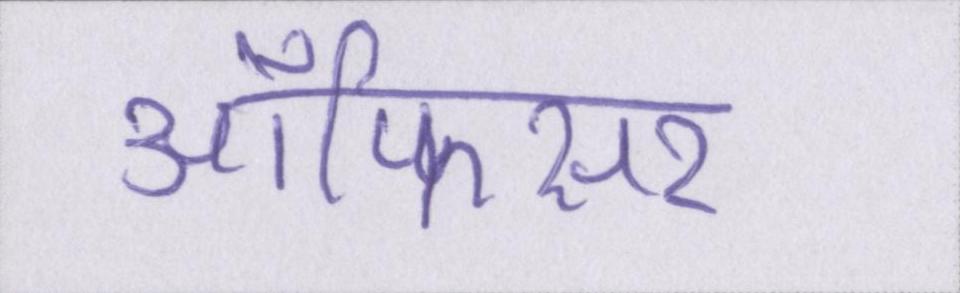
ऑफिसर